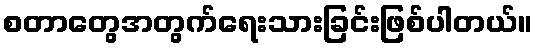
စတာတွေအတွက်ရေးသားခြင်းဖြစ်ပါတယ်။